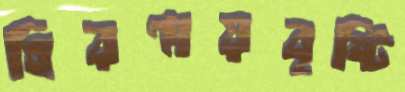
হিরণ্ময়বৃষ্টি